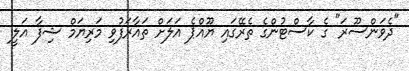
"ދެވަންސޫރަ" ގެ ކާސްޓުންގެ ތެރޭގައި ޔޫއްޕެ އަލަށް ތައާރަފުވި މަރިޔަމް ޝިފާ އަލީ